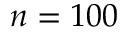
n = 1 0 0